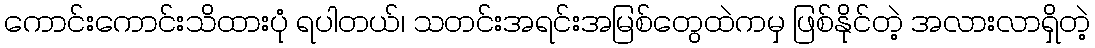
ကောင်းကောင်းသိထားပုံ ရပါတယ်၊ သတင်းအရင်းအမြစ်တွေထဲကမှ ဖြစ်နိုင်တဲ့ အလားလာရှိတဲ့